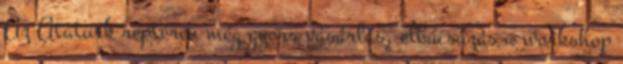
Az Atatürk reptéren még gyors vásárlás, elbúcsúzás a workshop